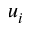
u _ { i }